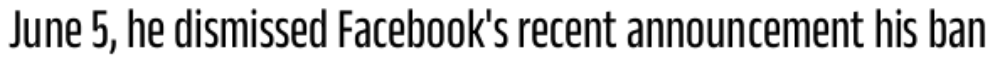
June 5, he dismissed Facebook's recent announcement his ban